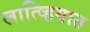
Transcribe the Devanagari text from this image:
लात्व्हियात